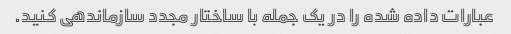
عبارات داده شده را در یک جمله با ساختار مجدد سازماندهی کنید.